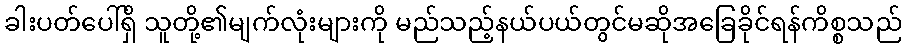
ခါးပတ်ပေါ်ရှိ သူတို့၏မျက်လုံးများကို မည်သည့်နယ်ပယ်တွင်မဆိုအခြေခိုင်ရန်ကိစ္စသည်